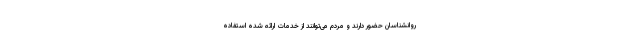
روانشناسان حضور دارند و مردم می‌توانند از خدمات ارائه شده استفاده